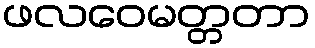
ဖလဝေမတ္တတာ